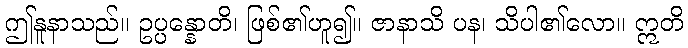
ဤနူနာသည်။ ဥပ္ပန္နောတိ၊ ဖြစ်၏ဟူ၍။ ဇာနာသိ ပန၊ သိပါ၏လော။ ဣတိ